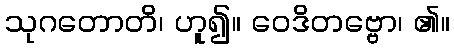
သုဂတောတိ၊ ဟူ၍။ ဝေဒိတဗ္ဗော၊ ၏။